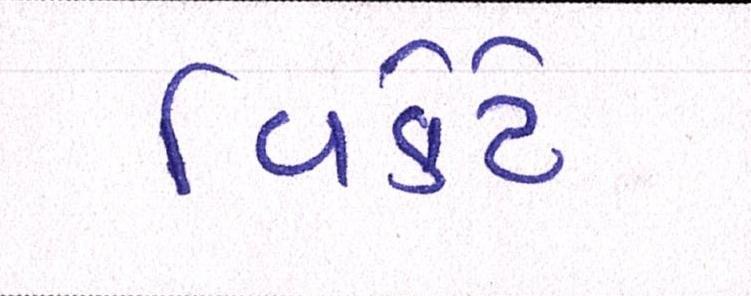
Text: વિકેટે